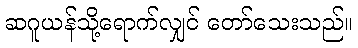
ဆဂူယန်သို့ရောက်လျှင် တော်သေးသည်။